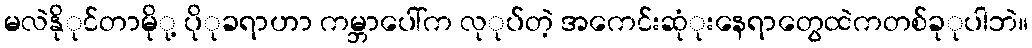
မလဲနိုုင်တာမိုု့ ပိုုခရာဟာ ကမ္ဘာပေါ်က လုုပ်တဲ့ အကေင်းဆုံုးနေရာတွေထဲကတစ်ခုုပါဘဲ။